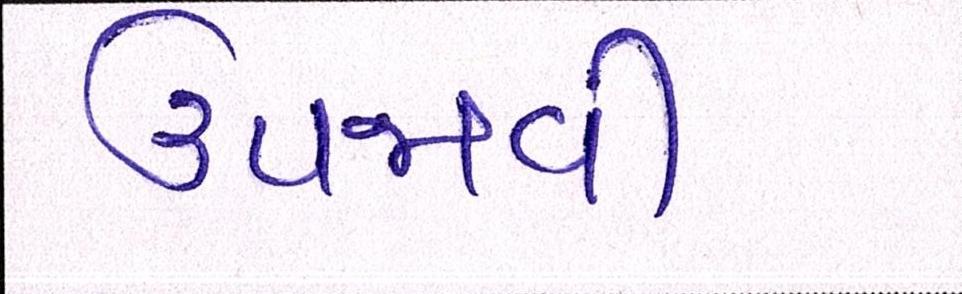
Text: ઉપજાવી